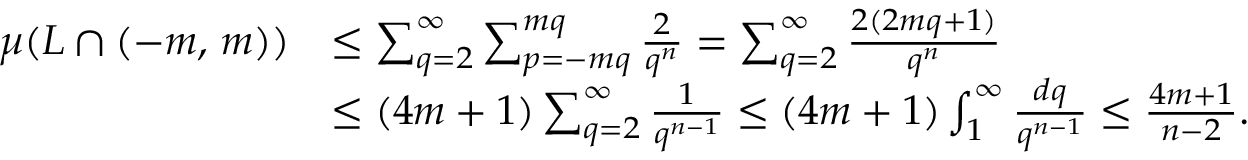
{ \begin{array} { r l } { \mu ( L \cap ( - m , \, m ) ) } & { \leq \sum _ { q = 2 } ^ { \infty } \sum _ { p = - m q } ^ { m q } { \frac { 2 } { q ^ { n } } } = \sum _ { q = 2 } ^ { \infty } { \frac { 2 ( 2 m q + 1 ) } { q ^ { n } } } } \\ & { \leq ( 4 m + 1 ) \sum _ { q = 2 } ^ { \infty } { \frac { 1 } { q ^ { n - 1 } } } \leq ( 4 m + 1 ) \int _ { 1 } ^ { \infty } { \frac { d q } { q ^ { n - 1 } } } \leq { \frac { 4 m + 1 } { n - 2 } } . } \end{array} }